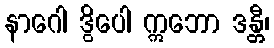
နာဂေါ ဒွိပေါ ဣဘော ဒန္တီ၊